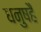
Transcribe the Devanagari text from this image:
धनुषहै